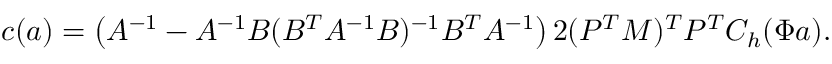
\boldsymbol { c } ( \boldsymbol { a } ) = \left( A ^ { - 1 } - A ^ { - 1 } B ( B ^ { T } A ^ { - 1 } B ) ^ { - 1 } B ^ { T } A ^ { - 1 } \right) 2 ( P ^ { T } M ) ^ { T } P ^ { T } C _ { h } ( \Phi \boldsymbol { a } ) .